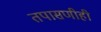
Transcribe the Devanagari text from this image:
तपासणीही